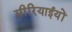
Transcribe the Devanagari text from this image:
सीरियाईयों